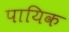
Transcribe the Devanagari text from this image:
पायिक